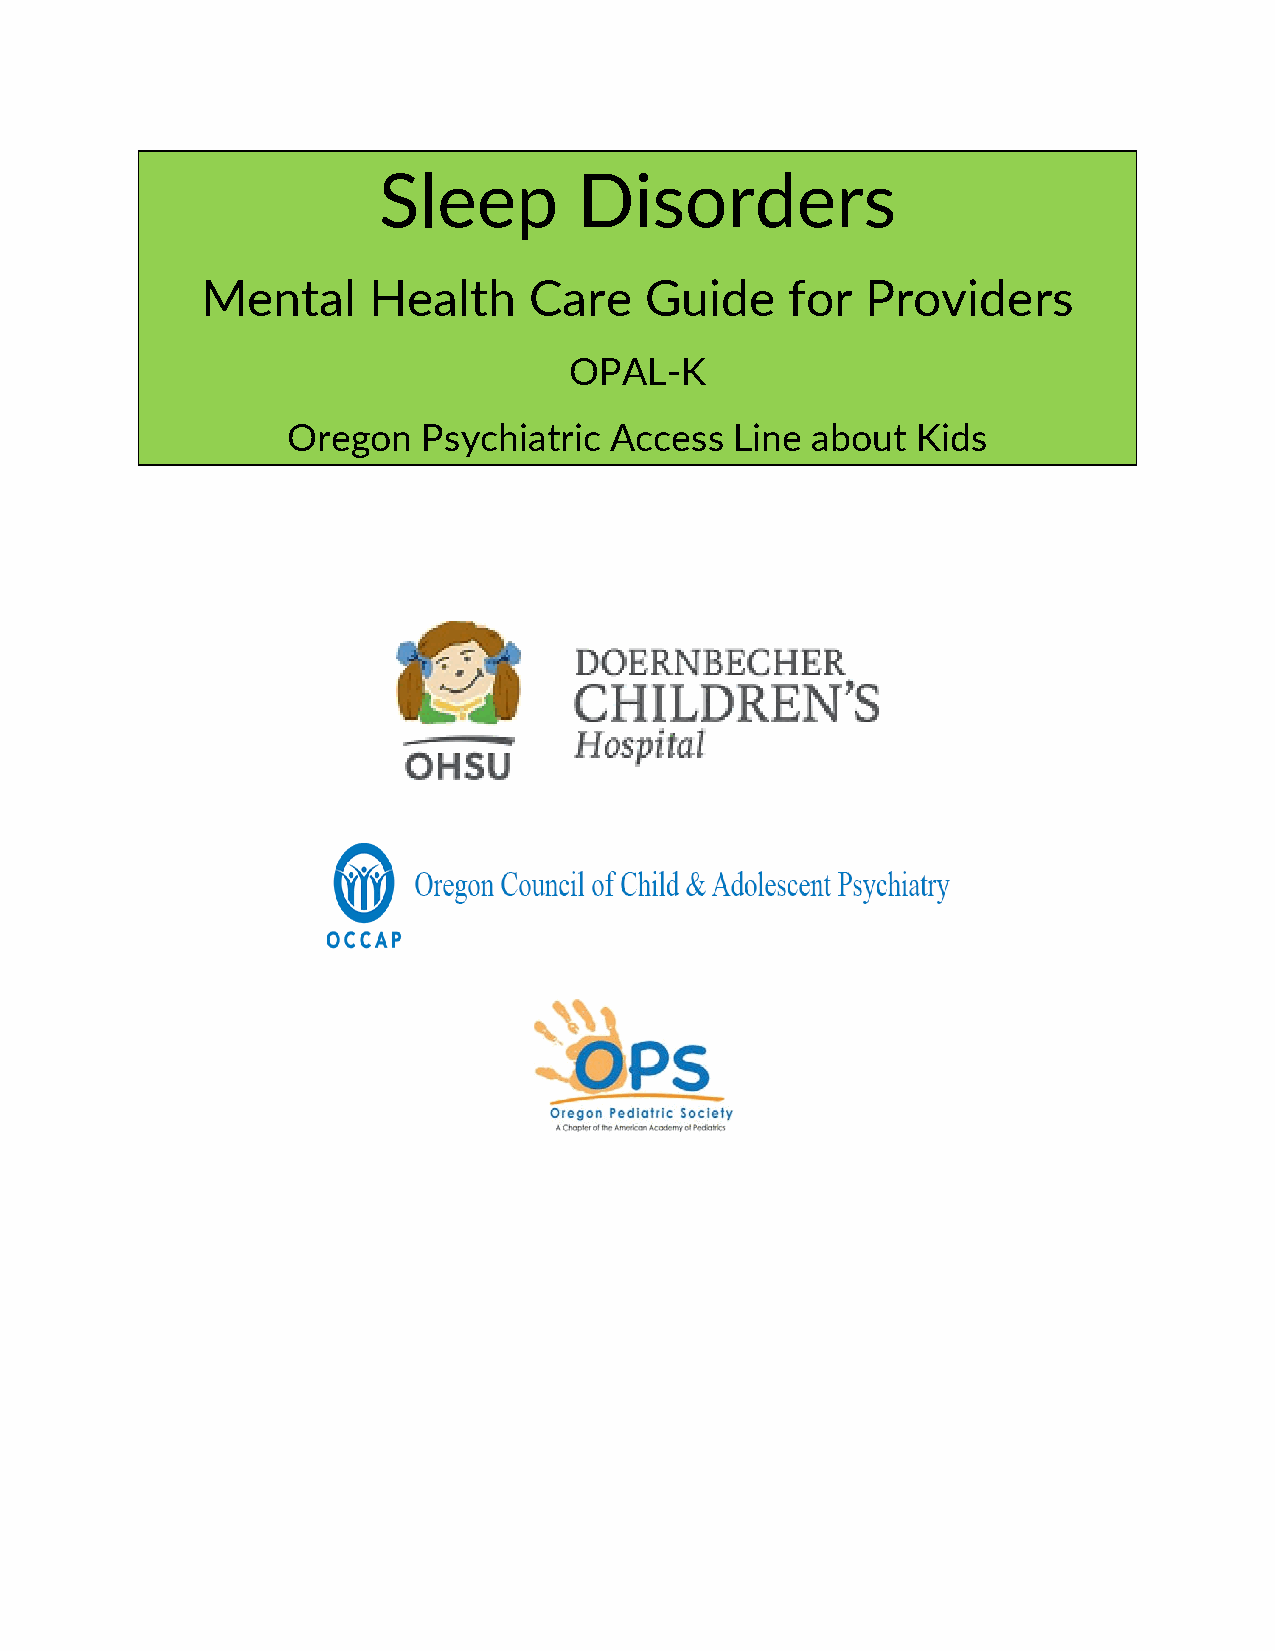
Sleep        Disorders
 Mental     Health     Care    Guide    for  Providers
 OPAL-K
 Oregon   Psychiatric Access   Line about  Kids